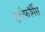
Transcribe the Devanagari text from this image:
सुलीफॉर्मेस